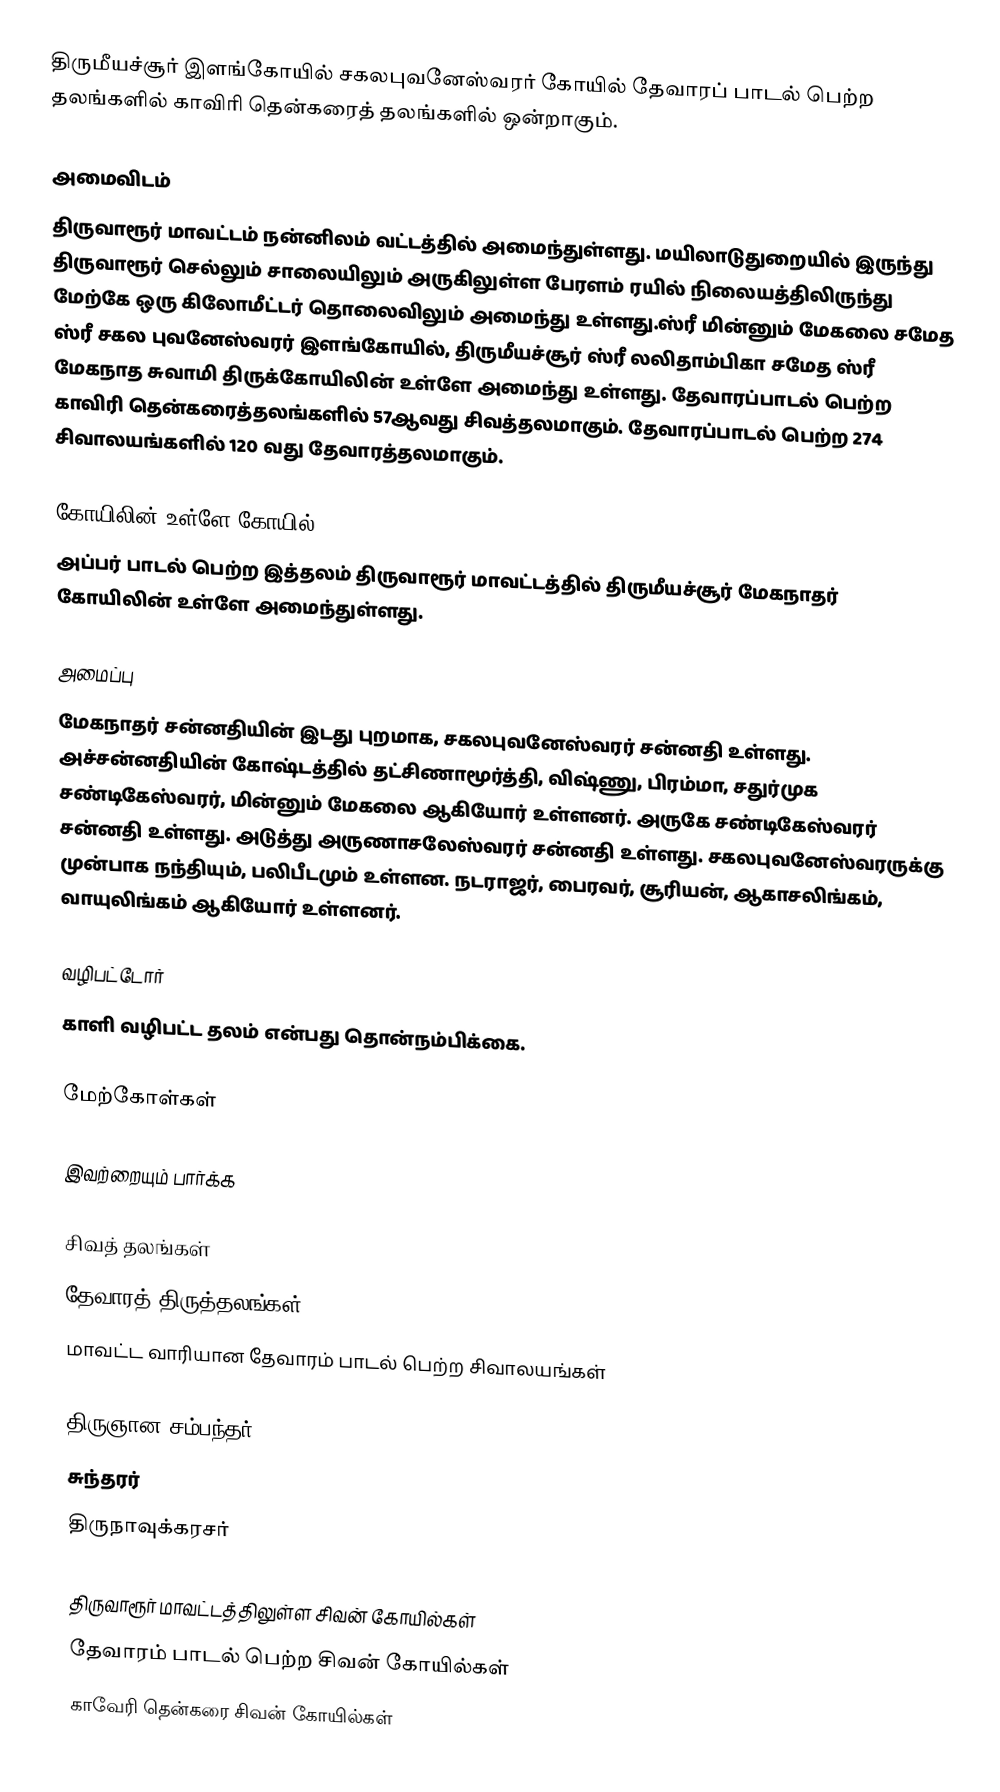
திருமீயச்சூர் இளங்கோயில் சகலபுவனேஸ்வரர் கோயில் தேவாரப் பாடல் பெற்ற தலங்களில் காவிரி தென்கரைத் தலங்களில் ஒன்றாகும்.

அமைவிடம்
திருவாரூர் மாவட்டம் நன்னிலம் வட்டத்தில் அமைந்துள்ளது. மயிலாடுதுறையில் இருந்து திருவாரூர் செல்லும் சாலையிலும் அருகிலுள்ள பேரளம் ரயில் நிலையத்திலிருந்து மேற்கே ஒரு கிலோமீட்டர் தொலைவிலும் அமைந்து உள்ளது.ஸ்ரீ மின்னும் மேகலை சமேத ஸ்ரீ சகல புவனேஸ்வரர் இளங்கோயில், திருமீயச்சூர் ஸ்ரீ லலிதாம்பிகா சமேத ஸ்ரீ மேகநாத சுவாமி திருக்கோயிலின் உள்ளே அமைந்து உள்ளது.  தேவாரப்பாடல் பெற்ற காவிரி தென்கரைத்தலங்களில் 57ஆவது சிவத்தலமாகும். தேவாரப்பாடல் பெற்ற 274 சிவாலயங்களில் 120 வது தேவாரத்தலமாகும்.

கோயிலின் உள்ளே கோயில்
அப்பர் பாடல் பெற்ற இத்தலம் திருவாரூர் மாவட்டத்தில் திருமீயச்சூர் மேகநாதர் கோயிலின் உள்ளே அமைந்துள்ளது.

அமைப்பு
மேகநாதர் சன்னதியின் இடது புறமாக, சகலபுவனேஸ்வரர் சன்னதி உள்ளது. அச்சன்னதியின் கோஷ்டத்தில் தட்சிணாமூர்த்தி, விஷ்ணு, பிரம்மா, சதுர்முக சண்டிகேஸ்வரர், மின்னும் மேகலை ஆகியோர் உள்ளனர். அருகே சண்டிகேஸ்வரர் சன்னதி உள்ளது. அடுத்து அருணாசலேஸ்வரர் சன்னதி உள்ளது. சகலபுவனேஸ்வரருக்கு முன்பாக நந்தியும், பலிபீடமும் உள்ளன. நடராஜர், பைரவர், சூரியன், ஆகாசலிங்கம், வாயுலிங்கம் ஆகியோர் உள்ளனர்.

வழிபட்டோர்
காளி வழிபட்ட தலம் என்பது தொன்நம்பிக்கை.

மேற்கோள்கள்

இவற்றையும் பார்க்க

 சிவத் தலங்கள்
 தேவாரத் திருத்தலங்கள்
 மாவட்ட வாரியான தேவாரம் பாடல் பெற்ற சிவாலயங்கள்

 திருஞான சம்பந்தர்
 சுந்தரர்
 திருநாவுக்கரசர்

திருவாரூர் மாவட்டத்திலுள்ள சிவன் கோயில்கள்
தேவாரம் பாடல் பெற்ற சிவன் கோயில்கள்
காவேரி தென்கரை சிவன் கோயில்கள்